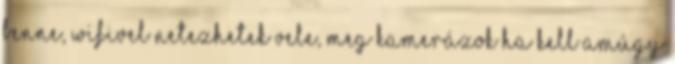
benne, WIFIvel netezhetek vele, meg kamerázok ha kell amúgy